Vital statistics of India. Vol. IV, Annual returns from 1871 to 1876. British Army of India, Native Army and jails of Bengal
Year: 1871
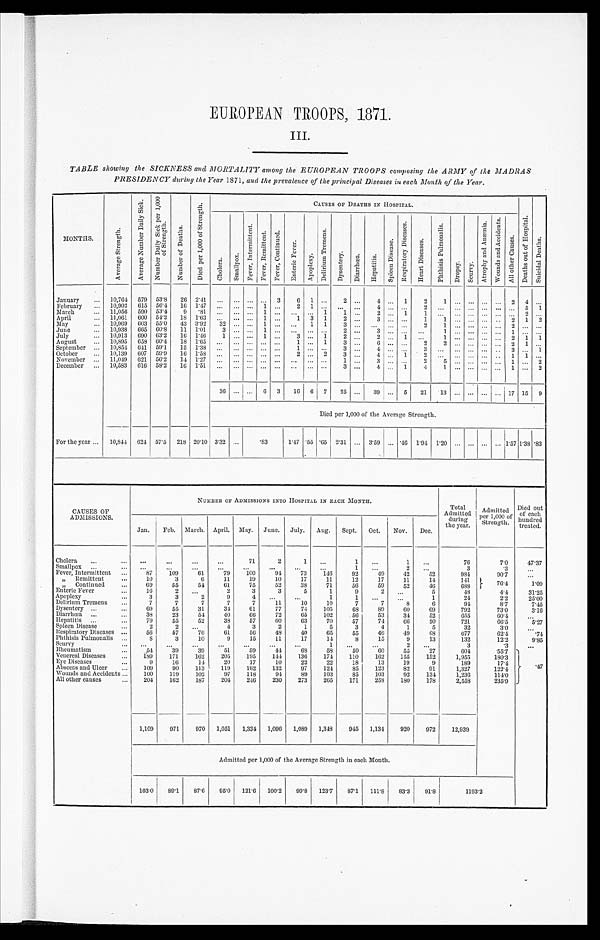
EUROPEAN TROOPS, 1871.
III.
TABLE showing the SICKNESS and MORTALITY among the EUROPEAN TROOPS composing the ARMY of the MADRAS
PRESIDENCY during the Year 1871, and the prevalence of the principal Diseases in each Month of the Year.
MONTHS.
A v e r a g e S t r e n g t h .
A v e r a g e N u m b e r D a i l y S i c k .
N u m b e r D a i l y S i c k p e r 1 , 0 0 0
o f S t r e n g t h .
N u m b e r o f D e a t h s .
D i e d p e r 1 , 0 0 0 o f S t r e n g t h .
C A U S E S O F D E A T H S I N H O S P I T A L .
D e a t h s o u t o f H o s p i t a l .
S u i c i d a l D e a t h s .
C h o l e r a . S m a l l p o x .
F e v e r , I n t e r m i t t e t .
F e v e r , R e m i t t e n t . F e v e r , C o n t i n u e d . E n t e r i c F e v e r .
A p o p l e x y .
D e l i r i u m T r e m e n s .
D y s e n t e r y .
D i a r r h œ a . H o p a t i t i s .
S p l e e n D i s e a s e .
R e s p i r a t o r y D i s e a s e .
H e a r t D i s e a s e s .
P h t h i s i s P u l m o n a l i s .
D r o p s y . S c u r v y .
A t r o p h y a n d A n æ m i a . W o u n d s a n d A c c i d e n t s . A l l o t h e r C a u s e s .
January ... 10,764 579 53.8 26 2.41 ... ... ... ...
3 6 1 ... 2
...
4 ... 1
2
1
... ... ... ...
2 4
...
February ... 10,902 615 56.4 16
1 . 4 7 ... ... ... 1 ... 2 1
... ... ...
4
... ...
2 ... ... ... ... ... ... 5 _ 1
March
... 11,056 590 53.4 9
. 8 1 ... ... ... 1 ...
... ...
1
1
...
2 .., 1
... ... ... ...
... ... ... 2
. . .
April
... 11,061 600 54.2 18 1.63 ... ... ... 1 ... 1 3 1 2
...
3
... ...
1 1
... ...
... .. 2 1 2
May ... 10,969 603 55.0 43 3.92 32 ... ... 1 ...
...
1 1
3
... ... ... ...
2
1
... ... ... ...
2
... ...
June
... 10,938 665 60.8 11 1.01
3
... ...
1
... ... ... ...
2
...
3
... ... ...
1
... ... ... ...
1
... ...
July
... 10,913 690 63.2 16 1.40 1
... ...
1
...
3 ... 1
2
...
2
...
1
...
1
... ... ... ...
2 1 1
August
10,395 653 60.4 18 1.05 ...
... ... ... ...
1 ... 1 3
...
6
... ...
2 2
... ... ...
... 2 1 . . .
September
10,851 041 59.1 15 1.38
... ... ... ... ... ...
1
... ...
3
...
4
... ...
3
... ... ... ... ...
3
...
1
October ... 10,139 607 59' 9 16 1.58 ... ... ... ... ... 2 ... 2 3 ...
4
...
1
2
... ... ... ... ...
1 1
...
November ... 11,049 021 56' 2 14 1.27 ... ... ... ... ... ... ...
...
1
...
3
... ...
2 5 ...
... ... ...
1
...
2
December ... 10,583 616 58' 2 16 1.51 ... ... ... ... ... ... ... ... 3
...
4 ... 1
4
1
... ... ... ...
1
...
2
36 ... ... 6 3 16 6 7 25 ... 39 ... 5 21 13 ... ... ... ... 17 15 o 9
D i e d p e r 1 , 0 0 0 o f t h e A v e r a g e S t r e n g t h .
For the year ... 10,844 624 57.5 218 20.10 3.32 ...
...
.83
1.47 .55 .65 2.31 ... 3.59 ... .46 1.94 1.20 ... ... ... ... 1.57 1.38 .83
CAUSES OF
ADMISSIONS.
NUMBER OF ADMISSIONS INTO HOSPITAL IN EACH MONTH.
Total
Admitted during
the yea
Admitted
per 1,000 of
Strength .
Died out
of each
hundred
treated.
Jan. Feb. March. April. May. June. July. Aug. Sept. Oct. Nov. Dec.
Cholera ...
...
...
...
...
71
2
1 ...
1 . . .
1
...
76
7.0
47.37
Smallpox ...
... ...
...
...
...
...
...
...
1 ...
2
...
3
.3
...
Fever, Intermittent ...
87 109
61
79 100
91
73 146
92
49
42
52
93
90.7
...
„ Remittent
...
10
3
6
11
10
10
17
11
12
17
11
11
141
76 . 4
1. 09
" Cont i nued
69
55
51
61
75
52
38
71
56
59
52
40
688
Enteric Fever
16
2
..6.
2
3
3
5
1
9
2
...
5
48
4.4
31. 25
Apoplexy
...
3
3
2
9
4
...
...
1
1
...
...
1
24
2.2
25. 00
Delirium Tremens
7
7
7
7
7
11
10
10
7
7
8
6
91
8.7
7. 45
Dysentery ...
...
69
55
31
34
61
77
74 105
68
89
60
69
792
73.0
3.16
Diarrhœa ...
...
33
23
51
40
66
72
65 102
56
53
34
52
655
60.4
...
Hepatitis ...
...
79
55
52
33
57
60
63
70
57
74
66
50
721
66.5
5. 27
Spleen Disease
...
2
2
...
4
3
2
1
5
3
4
1
5
32
3.0
...
Respiratory Diseases ...
56
57
70
61
56
43
40
65
55
40
49
68
677
62.1
.74
Plithisis Puhuonalis
8
3
10
9
15
11
17
14
8
15
9
13
132
12.2
9. 85
Scurvy
... ...
...
...
...
...
...
...
1 ...
...
2 ...
3
.3
...
Rheumatism
...
54
39
39
51
59
44
69
58
50
60
55
27
604
55.7
.47
Venereal Diseases ... 189 171 169 205 195 144 136 174 110 162 155 152
1,955
180.3
Eye Diseases
...
9
16
14
20
17
10
22
22
18
13
19
9
189
17.4
Abscess and Ulcer ... 109
90 113 119 162 132
97 124
85 123
82
91
1,327
122.4
Wounds and Accidents ... 100 319 302
97 118
91
89 103
85 103
92 134
1,236
114.0
All other causes
... 204 162 187 201 216 230 273 265 171 253 180 178
2,558
235.9
1,109 971 970 1,051 1,334 1,096 1,089 1,348 945 1,134 920 972 12,939
Admitted per 1,000 of the Average Strength in each Month.
103.0 89.1 87.6 95.0 121.6 100.2 99.8 123.7 87.1 111.8 83.3 91.8
93.2